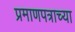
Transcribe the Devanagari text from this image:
प्रमाणपत्राच्या